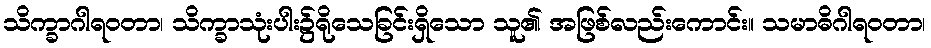
သိက္ခာဂါရဝတာ၊ သိက္ခာသုံးပါး၌ရိုသေခြင်းရှိသော သူ၏ အဖြစ်လည်းကောင်း။ သမာဓိဂါရဝတာ၊